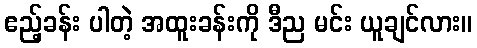
ဧည့်ခန်း ပါတဲ့ အထူးခန်းကို ဒီည မင်း ယူချင်လား။